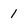
Character: 1